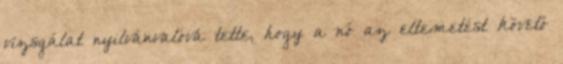
vizsgálat nyilvánvalóvá tette, hogy a nő az eltemetést követő